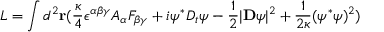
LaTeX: L = \int d ^ { 2 } { \bf r } ( { \frac { \kappa } { 4 } } \epsilon ^ { \alpha \beta \gamma } A _ { \alpha } F _ { \beta \gamma } + i \psi ^ { \ast } D _ { t } \psi - { \frac { 1 } { 2 } } | { \bf D } \psi | ^ { 2 } + { \frac { 1 } { 2 \kappa } } ( \psi ^ { \ast } \psi ) ^ { 2 } )